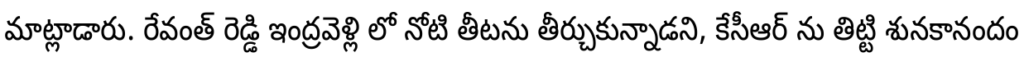
మాట్లాడారు. రేవంత్ రెడ్డి ఇంద్రవెళ్లి లో నోటి తీటను తీర్చుకున్నాడని, కేసీఆర్ ను తిట్టి శునకానందం